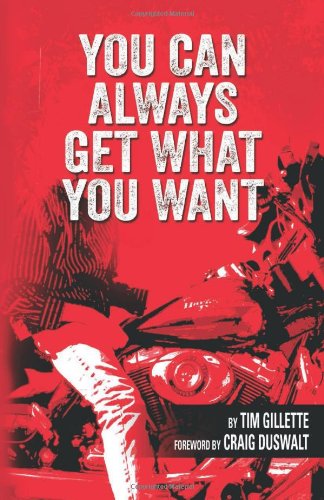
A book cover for You Can Always Get What You Want; Tim Gillette; Business & Money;